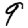
Digit: 9